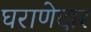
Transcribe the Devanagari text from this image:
घराणेदार